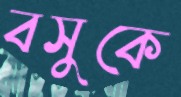
বসুকে